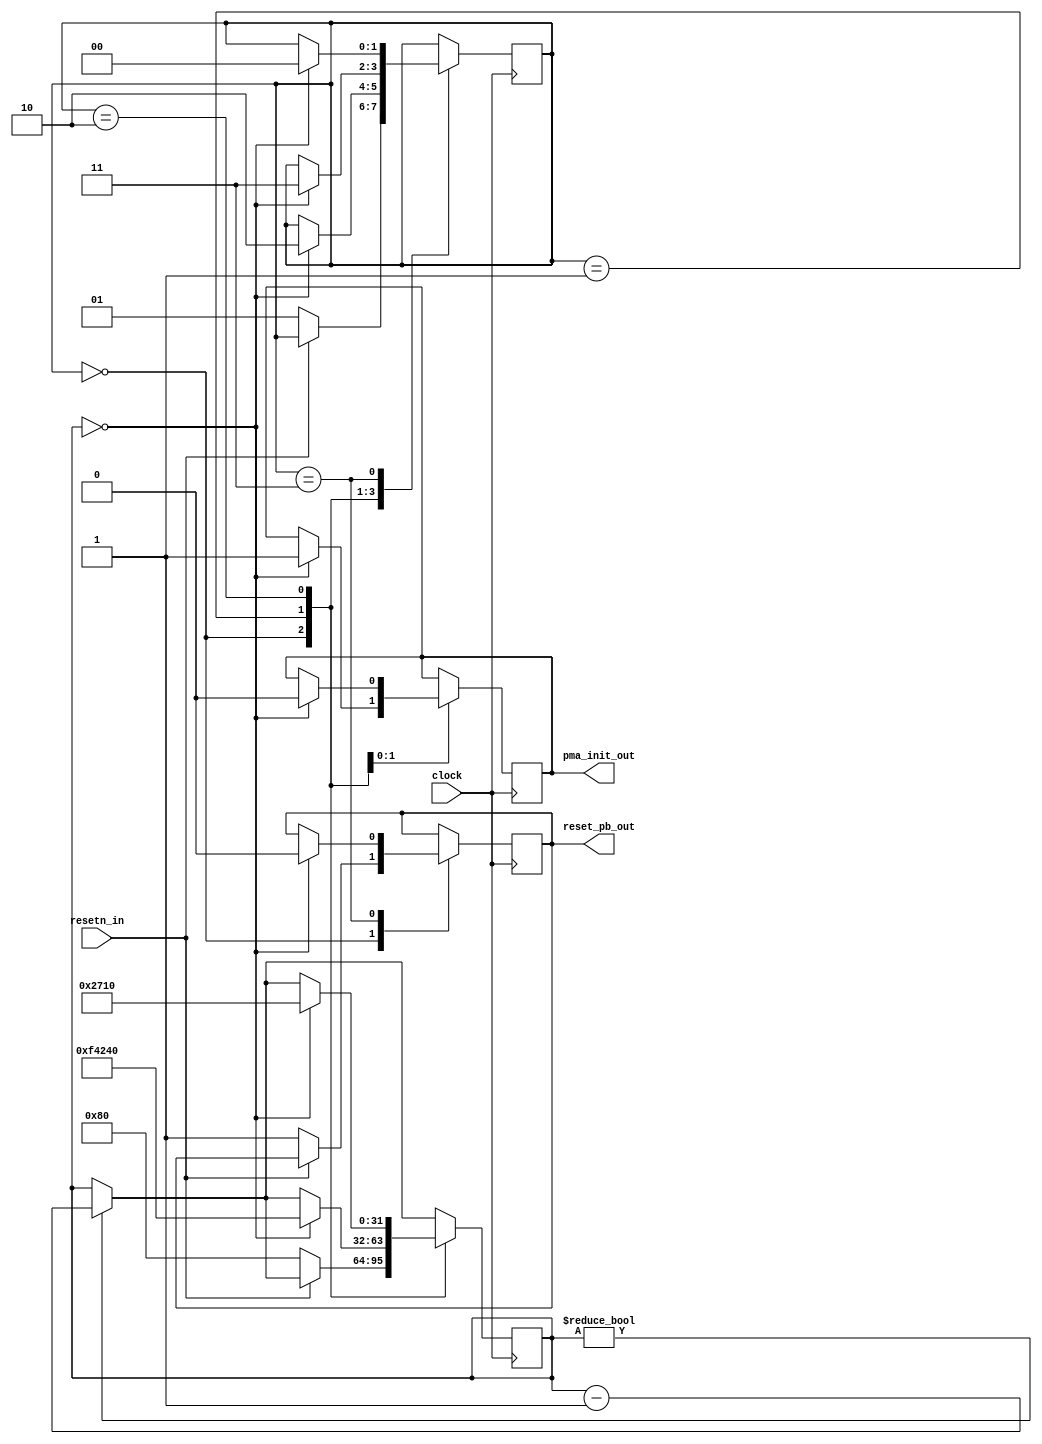
//===================================================================================================
//                            ------->  Revision History  <------
//===================================================================================================
//
//   Date     Who   Ver  Changes
//===================================================================================================
// 14-Sep-22  DWW  1000  Initial creation
//===================================================================================================

module reset_manager
(
    // Clock and input reset signal.
    input clock, resetn_in,
    
    (* X_INTERFACE_INFO = "xilinx.com:signal:reset:1.0 reset_pb_out RST" *)
    (* X_INTERFACE_PARAMETER = "POLARITY ACTIVE_HIGH" *)
    output reg reset_pb_out,


    (* X_INTERFACE_INFO = "xilinx.com:signal:reset:1.0 pma_init_out RST" *)
    (* X_INTERFACE_PARAMETER = "POLARITY ACTIVE_HIGH" *)
    output reg pma_init_out
);

reg[1:0] state = 0;
reg[31:0] counter;

always @(posedge clock) begin

    // The counter always counts down to zero
    if (counter) counter <= counter - 1;

    case(state)

        // When reset_in becomes active, assert reset_pb_out and wait for 128 clock cycles
        0:  if (resetn_in == 0) begin
                reset_pb_out <= 1;
                counter      <= 128;
                state        <= 1;                                
            end
        
        // After the timer expires, assert pma_init_out, and wait for 1,000,000 clock cycles
        1:  if (counter == 0) begin
                pma_init_out <= 1;
                counter      <= 1000000;
                state        <= 2;
            end 
        
        // After the timer expires, de-assert pma_init_out and wait for 10,000 clock cycles
        2:  if (counter == 0) begin
                pma_init_out <= 0;
                counter      <= 10000;
                state        <= 3;
            end 
        
        // When that timer expires, de-assert reset_pb_out.  The Aurora is now out of reset.
        3:  if (counter == 0) begin
                reset_pb_out <= 0;
                state        <= 0;
            end 
            
    endcase

end


endmodule